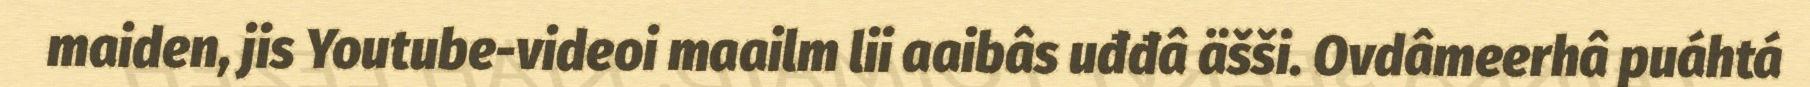
maiden, jis Youtube-videoi maailm lii aaibâs uđđâ äšši. Ovdâmeerhâ puáhtá